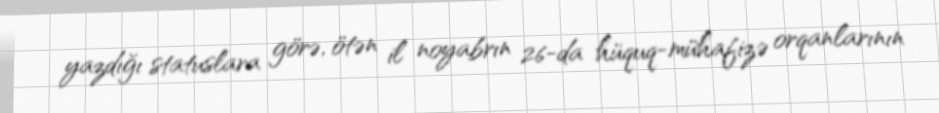
yazdığı statuslara görə, ötən il noyabrın 26-da hüquq-mühafizə orqanlarının